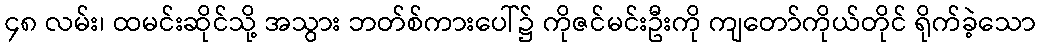
၄၈ လမ်း၊ ထမင်းဆိုင်သို့ အသွား ဘတ်စ်ကားပေါ်၌ ကိုဇင်မင်းဦးကို ကျတော်ကိုယ်တိုင် ရိုက်ခဲ့သော